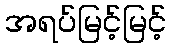
အရပ်မြင့်မြင့်